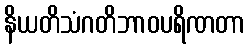
နိယတိသံဂတိဘာဝပရိဏတာ